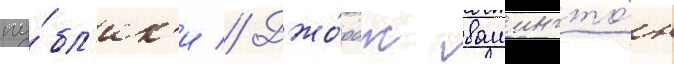
пу́бл'ик'и // Джо́рдж вашингто́н